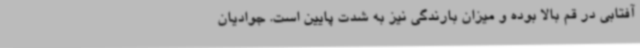
آفتابی در قم بالا بوده و میزان بارندگی نیز به شدت پایین است. جوادیان